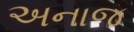
અનાજ